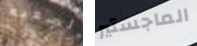
الصعبه الماجستير